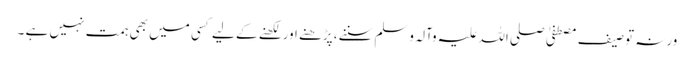
ورنہ توصیف مصطفیٰ صلی اللہ علیہ وآلہ وسلم سننے، پڑھنے اور لکھنے کے لیے کسی میں بھی ہمت نہیں ہے ۔